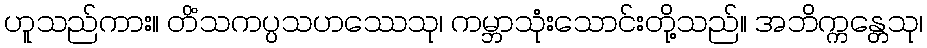
ဟူသည်ကား။ တိံသကပ္ပသဟဿေသု၊ ကမ္ဘာသုံးသောင်းတို့သည်။ အဘိက္ကန္တေသု၊